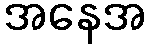
အနေအ